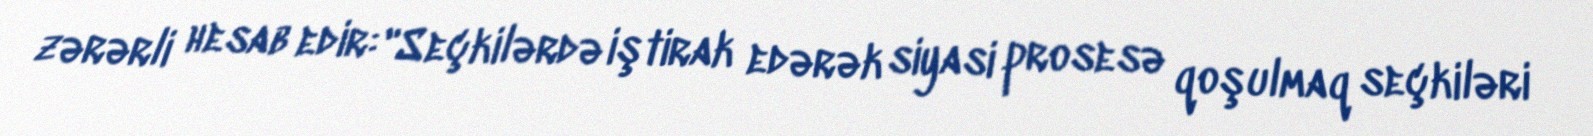
zərərli hesab edir: "Seçkilərdə iştirak edərək siyasi prosesə qoşulmaq seçkiləri